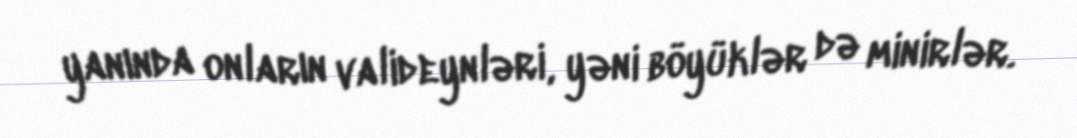
yanında onların valideynləri, yəni böyüklər də minirlər.